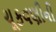
ચૂકવણીની